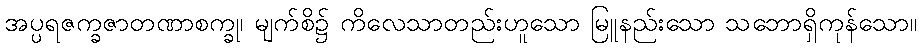
အပ္ပရဇက္ခဇာတဏာစက္ခု၊ မျက်စိ၌ ကိလေသာတည်းဟူသော မြူနည်းသော သဘောရှိကုန်သော။